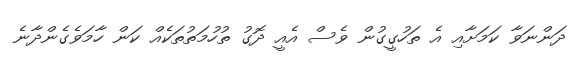
ދަންނަވާ ކަމަށާއި އެ ތަހުގީގުން ވެސް އެއީ ދޮގު ތުހުމަތުތަކެއް ކަން ހާމަވެގެންދާނެ